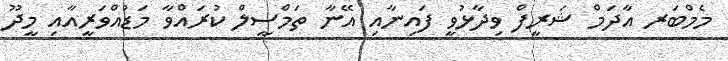
މެމްބަރ އާދަމް ޝަރީފް ވިދާޅުވީ ފައިނާއި އޭނާ ތަމްސީލް ކުރައްވާ މަޑުއްވަރީއާއި މީދޫ